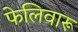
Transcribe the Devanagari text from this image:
फेलिवारू